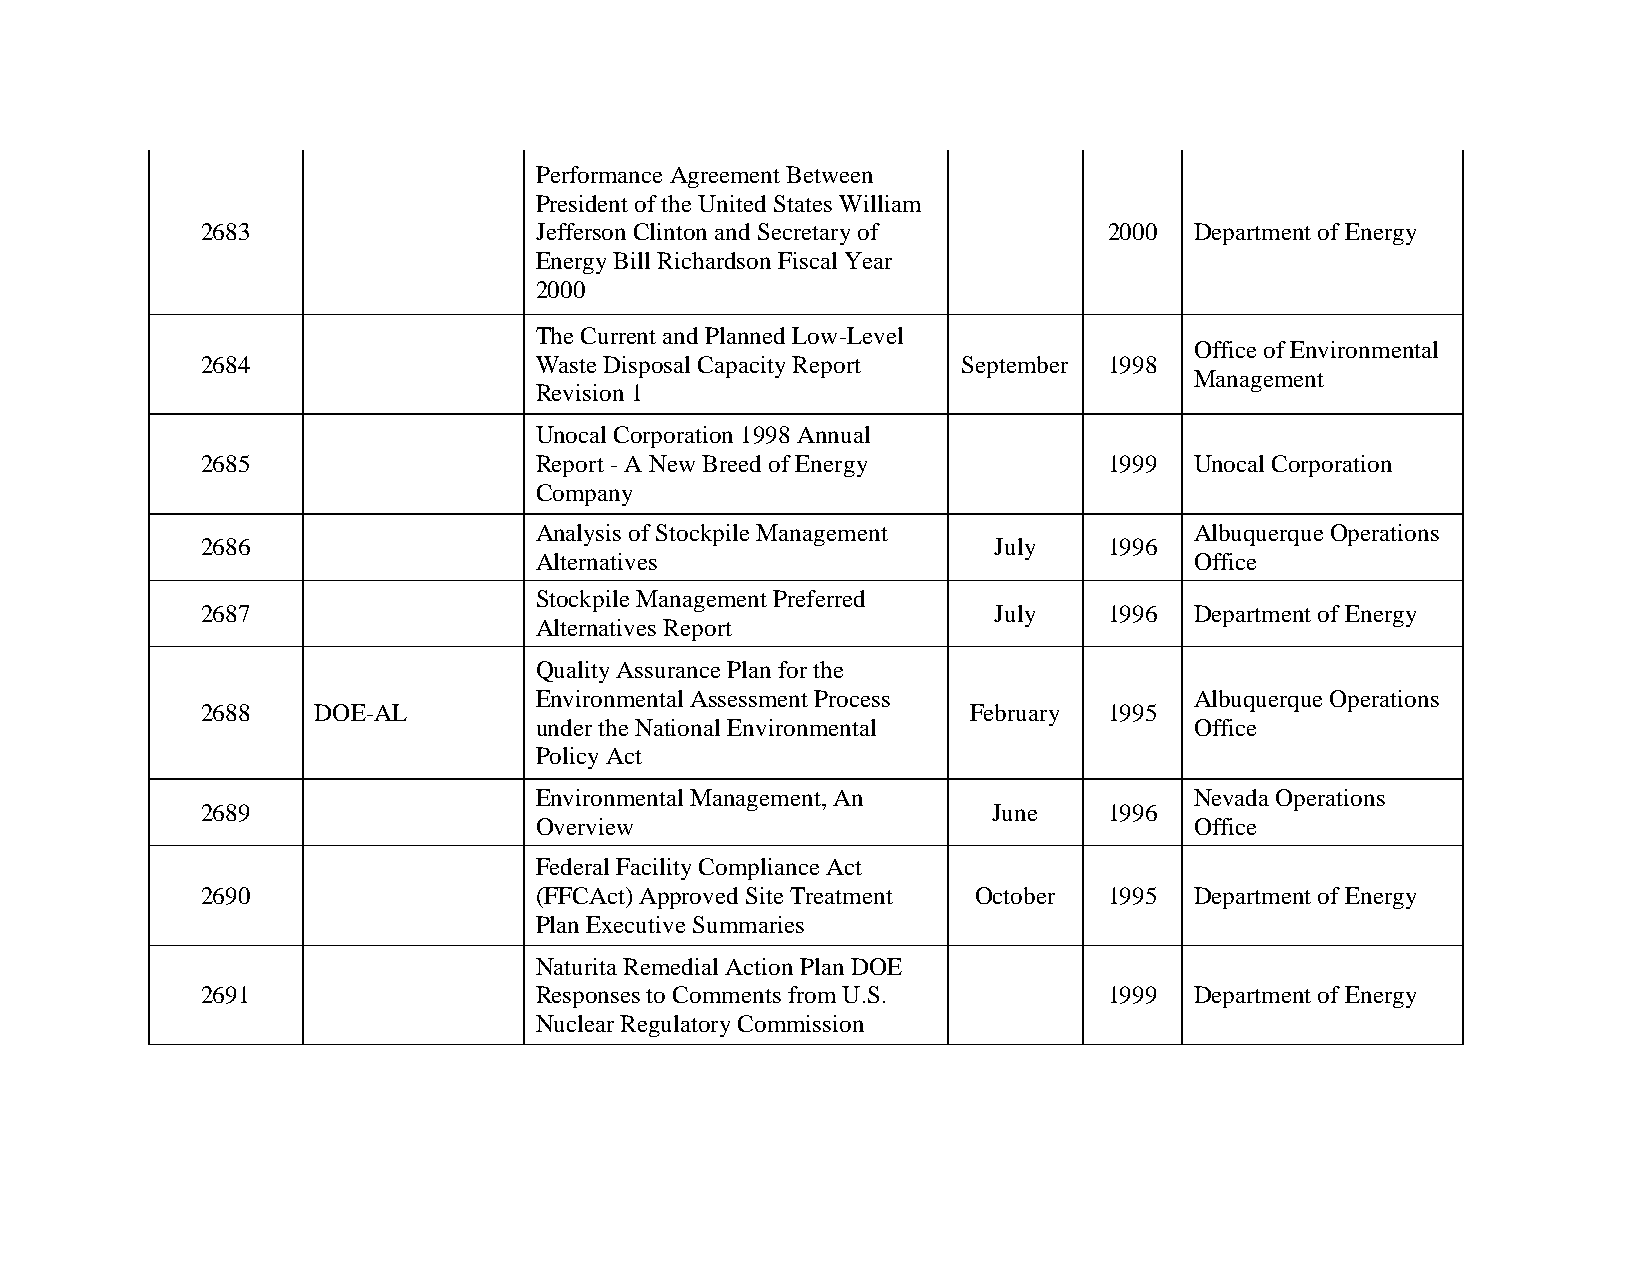
Performance Agreement Between
 President of the United States William
 2683                  Jefferson Clinton and Secretary of    2000  Department of Energy
 Energy Bill Richardson Fiscal Year
 2000
 The Current and Planned Low-Level
 Office of Environmental
 2684                  Waste Disposal Capacity Report September 1998
 Management
 Revision 1
 Unocal Corporation 1998 Annual
 2685                  Report - A New Breed of Energy        1999  Unocal Corporation
 Company
 Analysis of Stockpile Management            Albuquerque Operations
 2686                                                 July   1996
 Alternatives                                Office
 Stockpile Management Preferred
 2687                                                 July   1996  Department of Energy
 Alternatives Report
 Quality Assurance Plan for the
 Environmental Assessment Process            Albuquerque Operations
 2688    DOE-AL                                     February 1995
 under the National Environmental            Office
 Policy Act
 Environmental Management, An                Nevada Operations
 2689                                                 June   1996
 Overview                                    Office
 Federal Facility Compliance Act
 2690                  (FFCAct) Approved Site Treatment October 1995 Department of Energy
 Plan Executive Summaries
 Naturita Remedial Action Plan DOE
 2691                  Responses to Comments from U.S.       1999  Department of Energy
 Nuclear Regulatory Commission